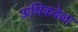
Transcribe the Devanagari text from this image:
अधिकवेळा